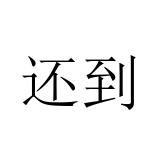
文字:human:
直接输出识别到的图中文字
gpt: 还到